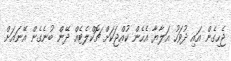
ޖެހިގެން އައި ދުވަހު އަލާޔާ އެހެން ކުއްޖަކަށް ޗޮކްލެޓެއް ދޭން ބުނެގެން އޭނައަށް